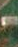
-